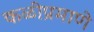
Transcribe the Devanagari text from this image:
कळीप्रमाणे